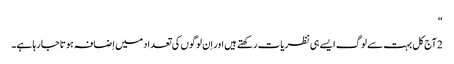
‏“‏
2 آج‌کل بہت سے لوگ ایسے ہی نظریات رکھتے ہیں اور اِن لوگوں کی تعداد میں اِضافہ ہوتا جا رہا ہے۔